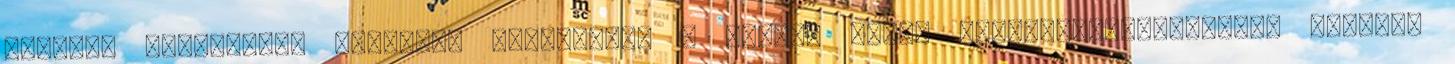
Vranjes szövetségi kapitány kihirdette a magyar férfi kézilabda-válogatott keretét